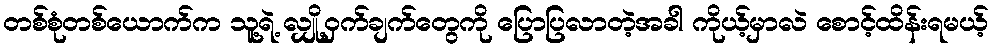
တစ်စုံတစ်ယောက်က သူ့ရဲ့ လျှို့ဝှက်ချက်တွေကို ပြောပြလာတဲ့အခါ ကိုယ့်မှာလဲ စောင့်ထိန်းရမယ့်